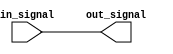
module io_non_inverting_buffer (
    input wire in_signal,
    output wire out_signal
);

assign out_signal = in_signal;

endmodule